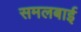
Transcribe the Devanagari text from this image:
समलबाई